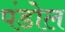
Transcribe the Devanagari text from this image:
पंडोल